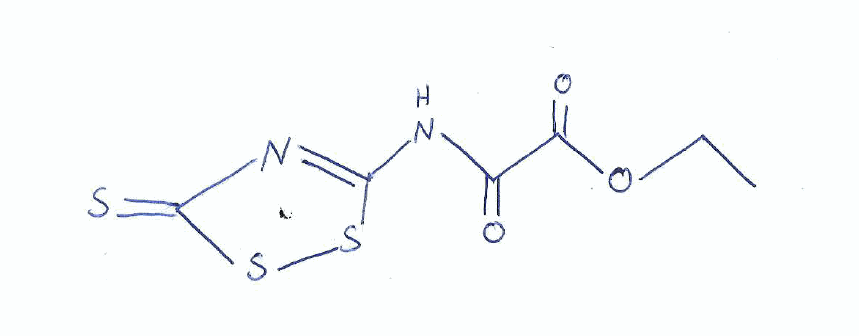
Simplified molecular-input line-entry system (SMILES) notation of the given molecule:
CCOC(=O)C(=O)NC1=NC(=S)SS1